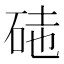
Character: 𥒃